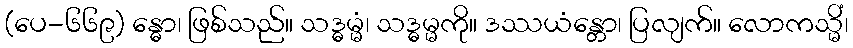
(ပေ-၆၆၉) န္ဓော၊ ဖြစ်သည်။ သဒ္ဓမ္မံ၊ သဒ္ဓမ္မကို။ ဒဿယံန္တော၊ ပြလျက်။ လောကသ္မိံ၊